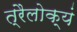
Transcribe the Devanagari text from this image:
त्रैलोक्यं